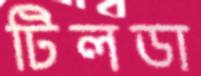
টিলডা